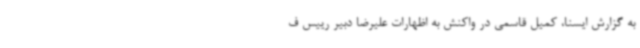
به گزارش ایسنا، کمیل قاسمی در واکنش به اظهارات علیرضا دبیر رییس ف